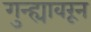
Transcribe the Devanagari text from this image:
गुन्ह्यावरून